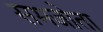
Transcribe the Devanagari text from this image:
समजोता